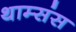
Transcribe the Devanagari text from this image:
थाम्संस